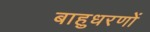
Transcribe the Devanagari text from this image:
बाहुधरणों